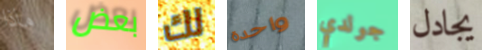
ماذا بعض لك واحدة جولدي يجادل